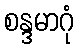
စန္ဒမာဂုံ